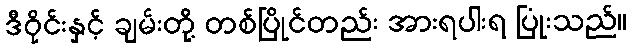
ဒီဝိုင်းနှင့် ချမ်းတို့ တစ်ပြိုင်တည်း အားရပါးရ ပြုံးသည်။